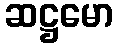
ဆဋ္ဌမော